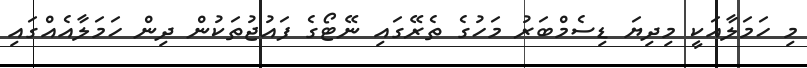
މި ހަމަލާއަކީ މިދިޔަ ޑިސެމްބަރު މަހުގެ ތެރޭގައި ނޭޓޯގެ ފައުޖުތަކުން ދިން ހަމަލާއެއްގައި